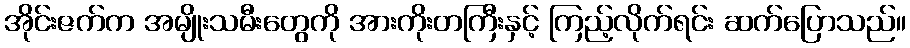
အိုင်းဇက်က အမျိုးသမီးတွေကို အားကိုးတကြီးနှင့် ကြည့်လိုက်ရင်း ဆက်ပြောသည်။